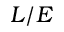
L / E